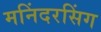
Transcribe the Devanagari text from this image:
मनिंदरसिंग